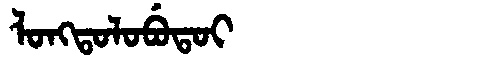
Manchu: ᠯᠣᠩᡨᠣᠯᠣᠪᡠᡨᠣᡳ
Romanization: LONGTOLOBUTOI